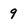
Character: 9